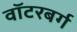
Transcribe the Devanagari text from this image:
वॉटरबर्ग